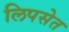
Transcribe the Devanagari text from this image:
लिपसेत